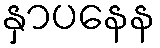
နှာပနေန